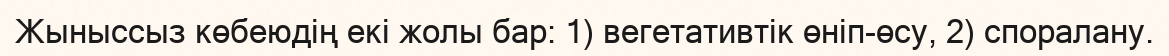
Жыныссыз көбеюдің екі жолы бар: 1) вегетативтік өніп-өсу, 2) споралану.